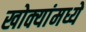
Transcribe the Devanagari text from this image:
खोक्यांमध्ये